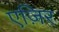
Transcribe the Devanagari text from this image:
एज़िर